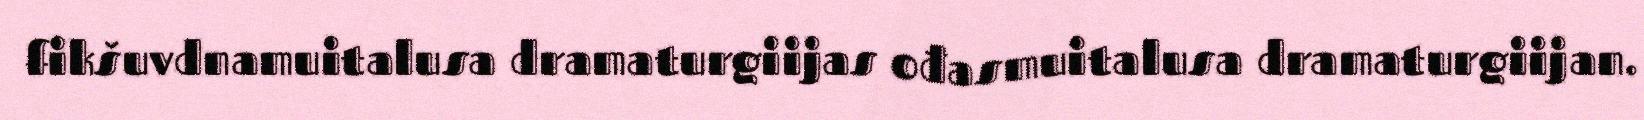
fikšuvdnamuitalusa dramaturgiijas ođasmuitalusa dramaturgiijan.